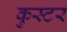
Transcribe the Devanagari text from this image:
कुस्टर